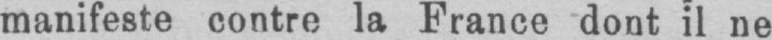
manifeste contre la France dont il ne